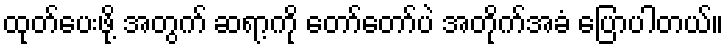
ထုတ်ပေးဖို့ အတွက် ဆရာ့ကို တော်တော်ပဲ အတိုက်အခံ ပြောပါတယ်။